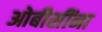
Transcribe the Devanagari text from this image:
ओबीसींना